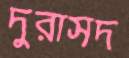
দুরাসদ